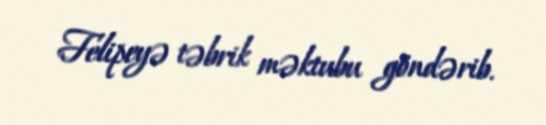
Felipeyə təbrik məktubu göndərib.